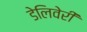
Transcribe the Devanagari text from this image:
डेलिवेरी